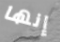
إنها